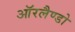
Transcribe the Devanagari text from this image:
ऑरलैण्डो